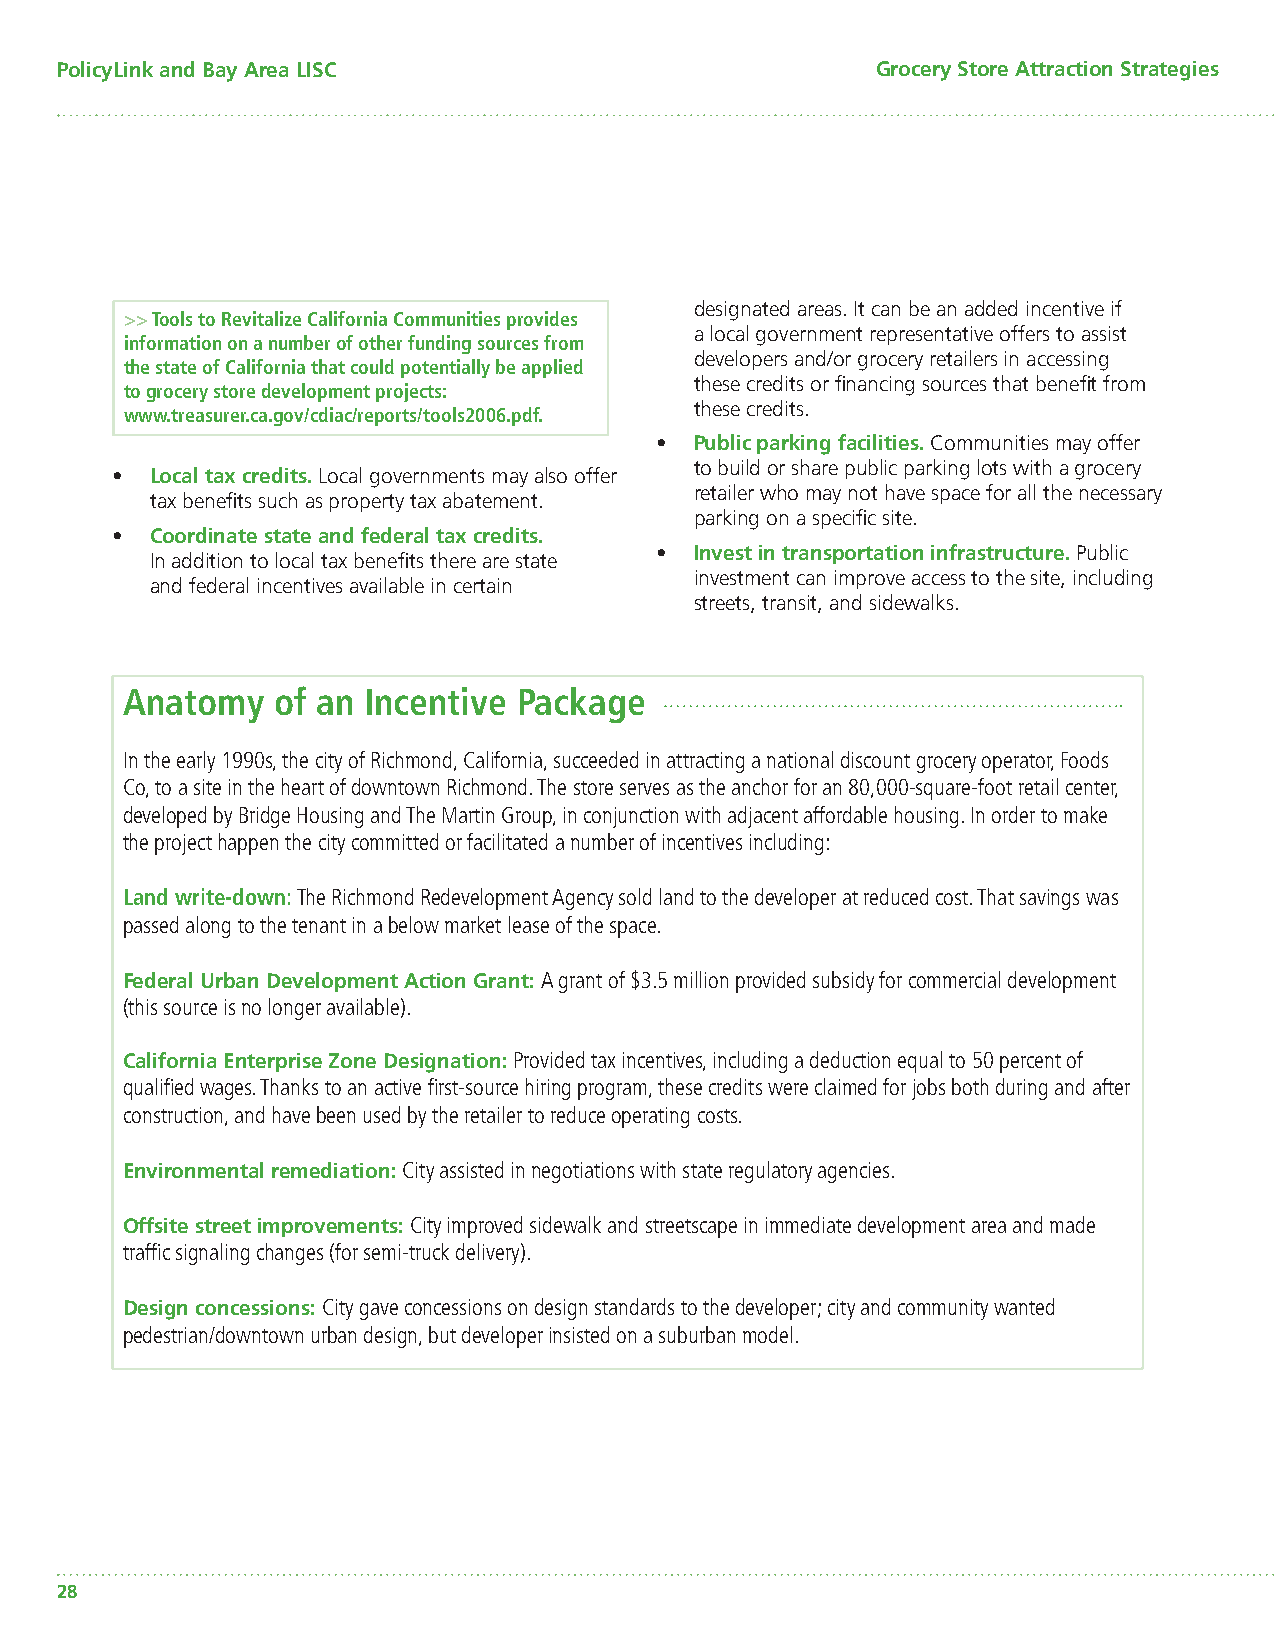
PolicyLink and Bay Area LISC                          Grocery Store Attraction Strategies
 designated areas. It can be an added incentive if
 >> Tools to Revitalize California Communities provides
 a local government representative offers to assist
 information on a number of other funding sources from
 developers and/or grocery retailers in accessing
 the state of California that could potentially be applied
 these credits or fi nancing sources that benefi t from
 to grocery store development projects:
 www.treasurer.ca.gov/cdiac/reports/tools2006.pdf. these credits.
 •  Public parking facilities. Communities may offer
 to build or share public parking lots with a grocery
 •  Local tax credits. Local governments may also offer
 retailer who may not have space for all the necessary
 tax benefi ts such as property tax abatement.
 parking on a specifi c site.
 •  Coordinate state and federal tax credits.
 •  Invest in transportation infrastructure. Public
 In addition to local tax benefi ts there are state
 investment can improve access to the site, including
 and federal incentives available in certain
 streets, transit, and sidewalks.
 Anatomy   of an Incentive Package
 In the early 1990s, the city of Richmond, California, succeeded in attracting a national discount grocery operator, Foods
 Co, to a site in the heart of downtown Richmond. The store serves as the anchor for an 80,000-square-foot retail center,
 developed by Bridge Housing and The Martin Group, in conjunction with adjacent affordable housing. In order to make
 the project happen the city committed or facilitated a number of incentives including:
 Land write-down: The Richmond Redevelopment Agency sold land to the developer at reduced cost. That savings was
 passed along to the tenant in a below market lease of the space.
 Federal Urban Development Action Grant: A grant of $3.5 million provided subsidy for commercial development
 (this source is no longer available).
 California Enterprise Zone Designation: Provided tax incentives, including a deduction equal to 50 percent of
 qualifi ed wages. Thanks to an active fi rst-source hiring program, these credits were claimed for jobs both during and after
 construction, and have been used by the retailer to reduce operating costs.
 Environmental remediation: City assisted in negotiations with state regulatory agencies.
 Offsite street improvements: City improved sidewalk and streetscape in immediate development area and made
 traffi c signaling changes (for semi-truck delivery).
 Design concessions: City gave concessions on design standards to the developer; city and community wanted
 pedestrian/downtown urban design, but developer insisted on a suburban model.
 28